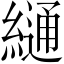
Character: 𦄷